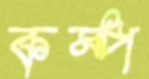
কম্প